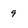
Character: 9